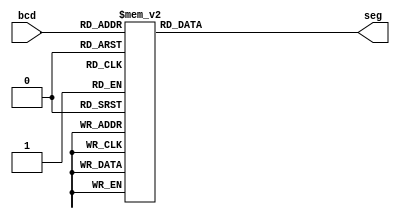
module bcd7seg(
	input [3:0] bcd,
	output reg [7:0] seg
);

always @(*)begin
	case(bcd)
		4'h0 : 	seg = 8'b11000000;
		4'h1 : 	seg = 8'b11111001;
		4'h2 : 	seg = 8'b10100100;
		4'h3 : 	seg = 8'b10110000;
		4'h4 : 	seg = 8'b10011001;
		4'h5 : 	seg = 8'b10010010;
		4'h6 : 	seg = 8'b10000010;
		4'h7 : 	seg = 8'b11111000;
		4'h8 : 	seg = 8'b10000000;
		4'h9 : 	seg = 8'b10011000;
		default:	seg = 8'b11111111;
	endcase
end	

endmodule